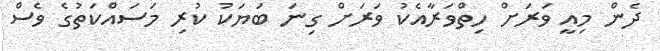
ދެން މިއީ ވަރަށް ހިތްވަރާއެކު ވަރަށް ގިނަ ބަޔަކު ކުރި މަސައްކަތުގެ ވެސް